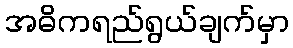
အဓိကရည်ရွယ်ချက်မှာ